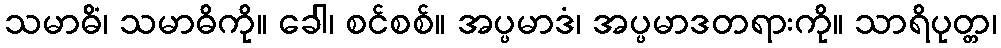
သမာဓိံ၊ သမာဓိကို။ ခေါ၊ စင်စစ်။ အပ္ပမာဒံ၊ အပ္ပမာဒတရားကို။ သာရိပုတ္တ၊